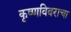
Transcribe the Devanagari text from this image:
कृष्णविवराचा